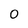
Character: 0